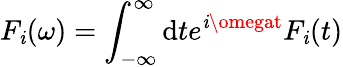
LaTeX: F_{\mathit{i}}(\omega)=\int_{-\infty}^{\infty}\mathrm{{d}}te^{\mathit{i}\omegat}F_{\mathit{i}}(t)